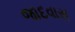
જાદવાસ